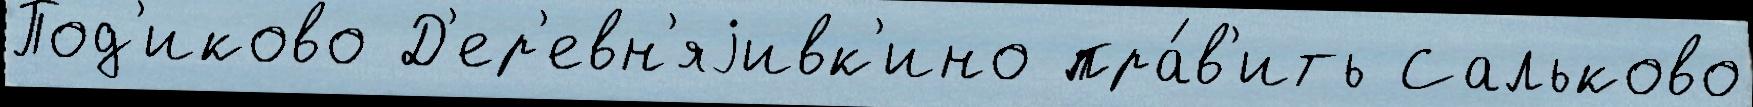
Под'иково Д'ер'евн'яjивк'ино пра́в'ить Сальково